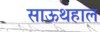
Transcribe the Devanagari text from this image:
साऊथहाल